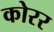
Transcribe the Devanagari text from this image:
कोरर